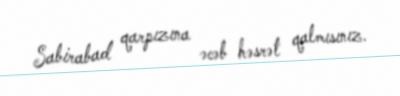
Sabirabad qarpızına əcəb həsrət qalmısınız.